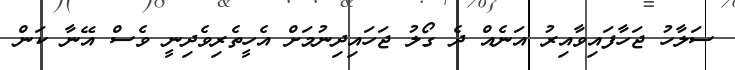
ސަލާހު ޖަހާފައިވާއިރު އަނެއް ދެ ގޯލު ޖަހައިދިނުމަށް އެހީތެރިވެދިނީ ވެސް އޭނާ ކަން